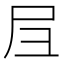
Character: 𡰩